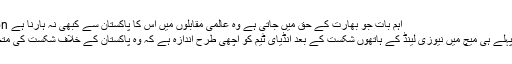
Image caption اہم بات جو بھارت کے حق میں جاتی ہے وہ عالمی مقابلوں میں اس کا پاکستان سے کبھی نہ ہارنا ہے
ورلڈ ٹی 20 کے پہلے ہی میچ میں نیوزی لینڈ کے ہاتھوں شکست کے بعد انڈیای ٹیم کو اچھی طرح اندازہ ہے کہ وہ پاکستان کے خلاف شکست کی متحمل نہیں ہوسکتی۔